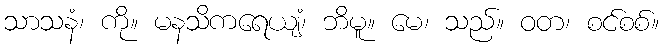
သာသနံ၊ ကို။ မနသိကရေယျံ၊ ဘိမူ။ မေ၊ သည်။ ဝတ၊ စင်စစ်။